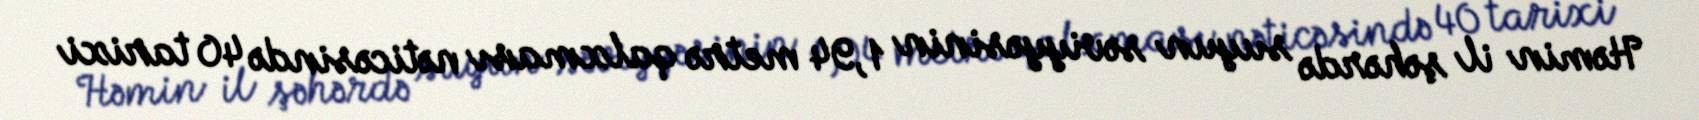
Həmin il şəhərdə suyun səviyyəsinin 1,94 metrə qalxması nəticəsində 40 tarixi